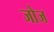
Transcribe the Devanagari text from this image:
जोज